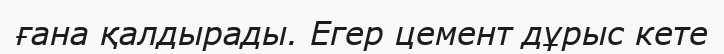
ғана қалдырады. Егер цемент дұрыс кете